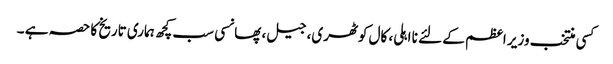
کسی منتخب وزیر اعظم کے لئے نا اہلی، کال کوٹھری، جیل، پھانسی سب کچھ ہماری تاریخ کا حصہ ہے ۔